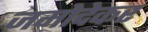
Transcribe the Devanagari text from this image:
जमोदेकर